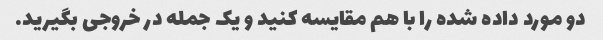
دو مورد داده شده را با هم مقایسه کنید و یک جمله در خروجی بگیرید.